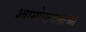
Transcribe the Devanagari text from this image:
श्वासोच्छवासाच्या